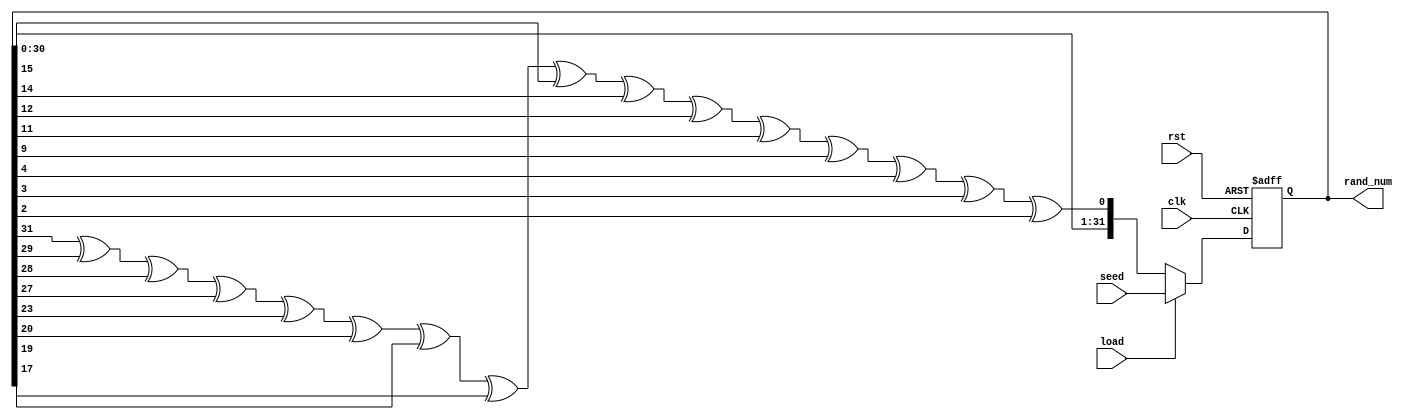
`timescale 1ns / 1ps

//------------------------------------------------------------------------------
// Generate a random number
//------------------------------------------------------------------------------
module random_generator(
    input wire clk,               // Clock
    input wire rst,               // Reset
    input wire load,              // Load signal
    input wire [31:0] seed,       // Random seed
    output reg [31:0] rand_num    // A random number
    );
    
    always @ (posedge clk or negedge rst)
        if (!rst)
            rand_num <= 32'b0;
        else if (load)
            // Load the random seed
            rand_num <= seed;
        else
            rand_num <= {rand_num[30:0],
                         rand_num[31] ^ rand_num[29] ^ rand_num[28] ^
                         rand_num[27] ^ rand_num[23] ^ rand_num[20] ^
                         rand_num[19] ^ rand_num[17] ^ rand_num[15] ^
                         rand_num[14] ^ rand_num[12] ^ rand_num[11] ^
                         rand_num[9]  ^ rand_num[4]  ^ rand_num[3]  ^
                         rand_num[2]};
    
endmodule